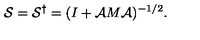
{ \cal S } = { \cal S } ^ { \dagger } = ( I + { \cal A } M { \cal A } ) ^ { - 1 / 2 } .